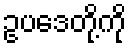
ဥပဒေတို့ကို